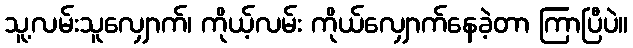
သူ့လမ်းသူလျှောက်၊ ကိုယ့်လမ်း ကိုယ်လျှောက်နေခဲ့တာ ကြာပြီပဲ။